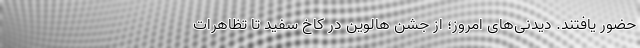
حضور یافتند. دیدنی‌های امروز؛ از جشن هالوین در کاخ سفید تا تظاهرات